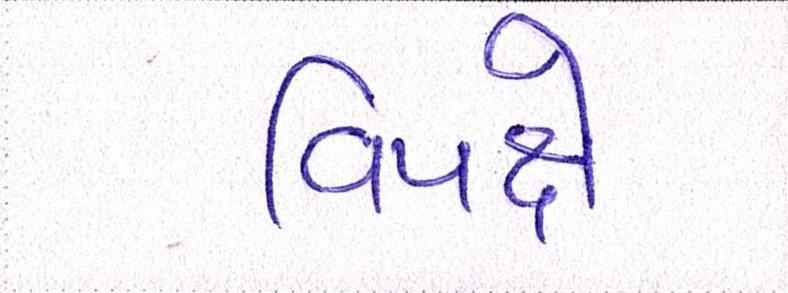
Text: વિપક્ષે